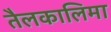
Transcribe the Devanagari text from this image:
तैलकालिमा